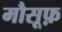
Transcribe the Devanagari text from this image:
मौसूफ़